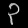
Digit: ၃